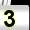
Digit: 3